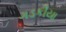
ગડકીયા